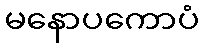
မနောပကောပံ